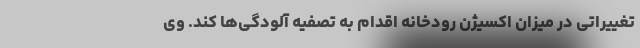
تغییراتی در میزان اکسیژن رودخانه اقدام به تصفیه آلودگی‌ها کند. وی